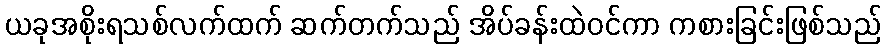
ယခုအစိုးရသစ်လက်ထက် ဆက်တက်သည် အိပ်ခန်းထဲဝင်ကာ ကစားခြင်းဖြစ်သည်